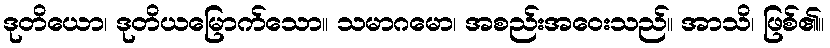
ဒုတိယော၊ ဒုတိယမြောက်သော။ သမာဂမော၊ အစည်းအဝေးသည်။ အာသိ၊ ဖြစ်၏။